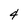
Character: 4